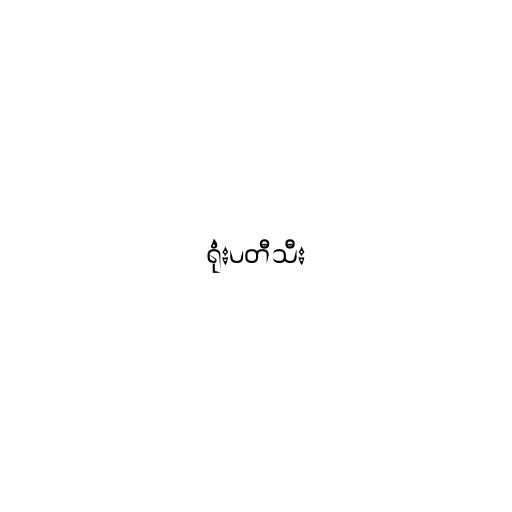
ရုံးပတီသီး